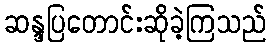
ဆန္ဒပြတောင်းဆိုခဲ့ကြသည်